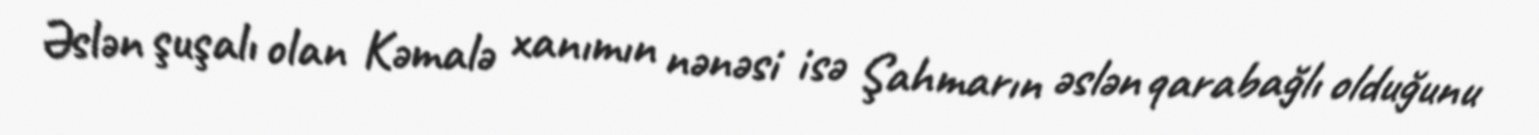
Əslən şuşalı olan Kəmalə xanımın nənəsi isə Şahmarın əslən qarabağlı olduğunu